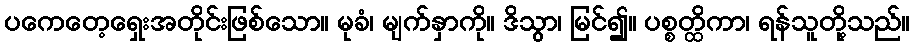
ပကေတေ့ရှေးအတိုင်းဖြစ်သော။ မုခံ၊ မျက်နှာကို။ ဒိသွာ၊ မြင်၍။ ပစ္စတ္ထိကာ၊ ရန်သူတို့သည်။